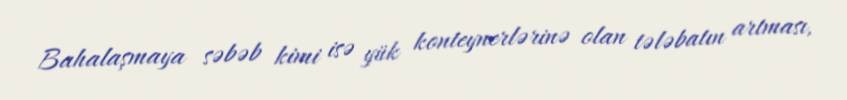
Bahalaşmaya səbəb kimi isə yük konteynerlərinə olan tələbatın artması,